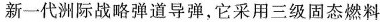
新一代洲际战略弹道导弹，它采用三级固态燃料